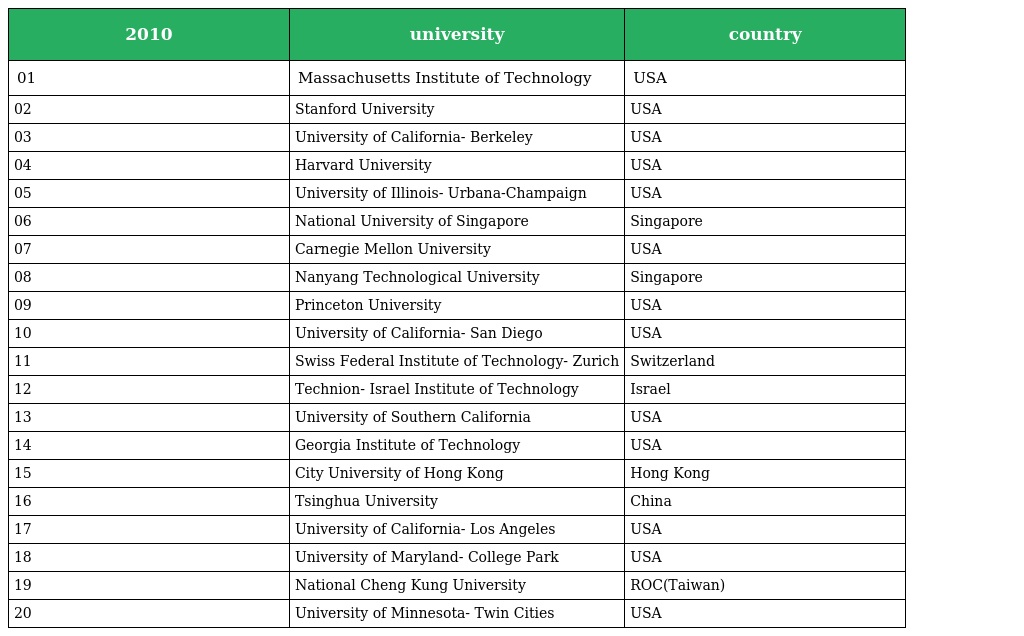
| 2010 | university | country |
 | --- | --- | --- |
 | 01 | Massachusetts Institute of Technology | USA |
 | 02 | Stanford University | USA |
 | 03 | University of California- Berkeley | USA |
 | 04 | Harvard University | USA |
 | 05 | University of Illinois- Urbana-Champaign | USA |
 | 06 | National University of Singapore | Singapore |
 | 07 | Carnegie Mellon University | USA |
 | 08 | Nanyang Technological University | Singapore |
 | 09 | Princeton University | USA |
 | 10 | University of California- San Diego | USA |
 | 11 | Swiss Federal Institute of Technology- Zurich | Switzerland |
 | 12 | Technion- Israel Institute of Technology | Israel |
 | 13 | University of Southern California | USA |
 | 14 | Georgia Institute of Technology | USA |
 | 15 | City University of Hong Kong | Hong Kong |
 | 16 | Tsinghua University | China |
 | 17 | University of California- Los Angeles | USA |
 | 18 | University of Maryland- College Park | USA |
 | 19 | National Cheng Kung University | ROC(Taiwan) |
 | 20 | University of Minnesota- Twin Cities | USA |